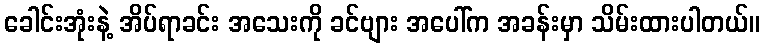
ခေါင်းအုံးနဲ့ အိပ်ရာခင်း အသေးကို ခင်ဗျား အပေါ်က အခန်းမှာ သိမ်းထားပါတယ်။